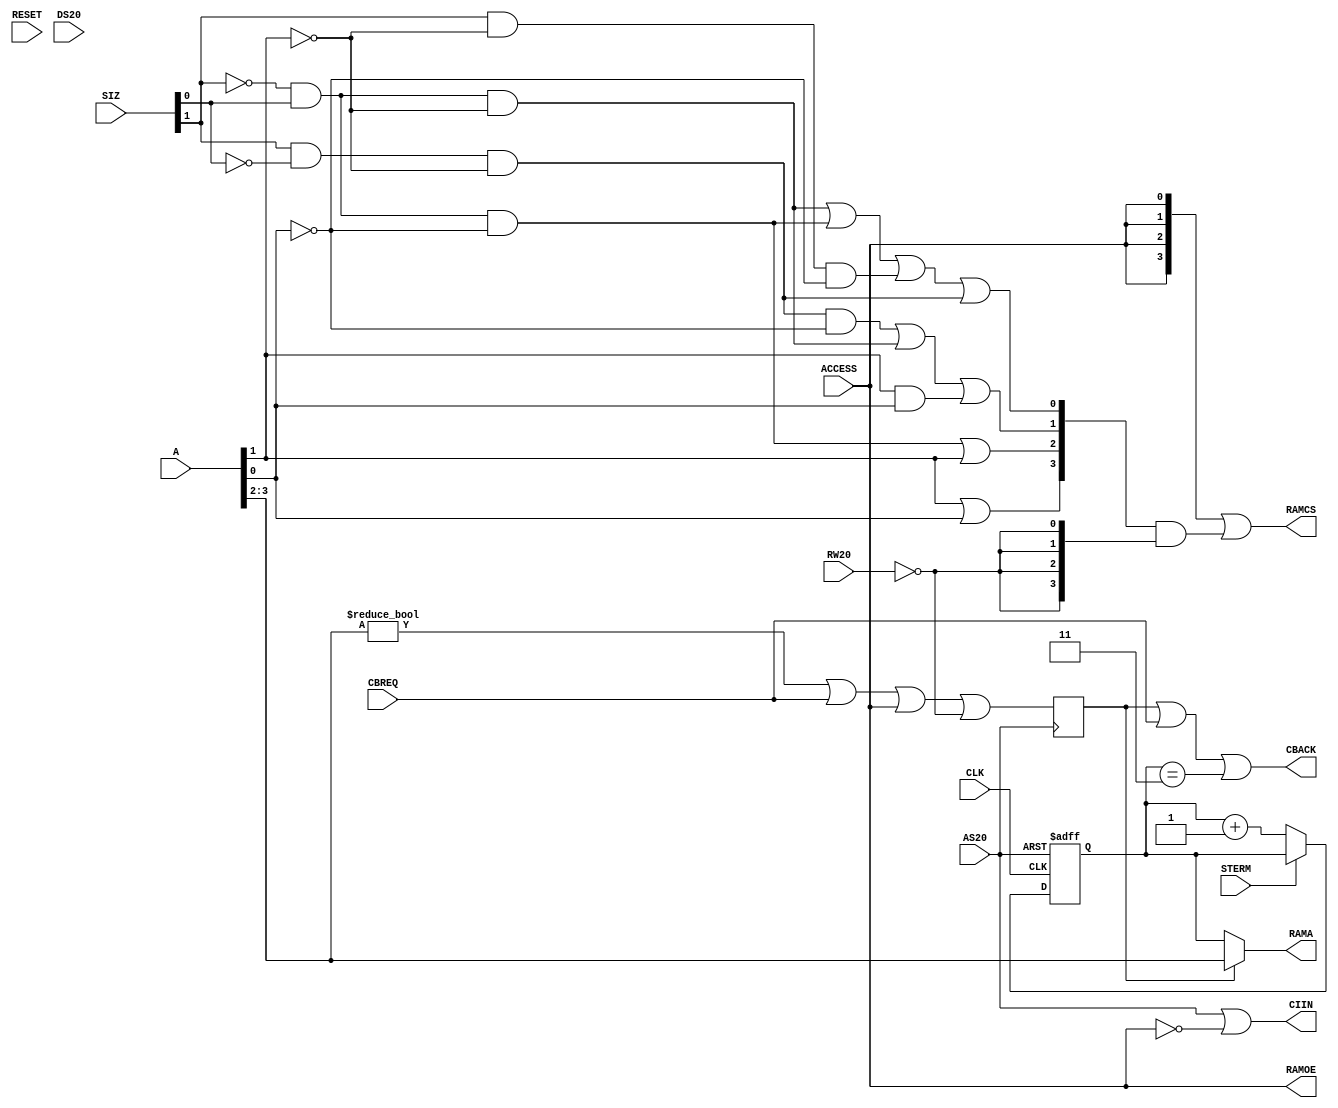
`timescale 1ns / 1ps
/*	
	Copyright (C) 2016-2019, Stephen J. Leary
	All rights reserved.
	
	This file is part of  TF53x (Terrible Fire Accelerator).

	This program is free software; you can redistribute it and/or
	modify it under the terms of the GNU General Public License
	as published by the Free Software Foundation; version 2 only.
	
	This program is distributed in the hope that it will be useful,
	but WITHOUT ANY WARRANTY; without even the implied warranty of
	MERCHANTABILITY or FITNESS FOR A PARTICULAR PURPOSE.  See the
	GNU General Public License for more details.

	You should have received a copy of the GNU General Public License
	along with this program; if not, write to the Free Software
	Foundation, Inc., 51 Franklin Street, Fifth Floor, Boston, MA  02110-1301, USA.
*/



module fastram(

           input        RESET,
           input        CLK, 
           input        ACCESS,

           input [3:0]  A,
           input [1:0]  SIZ,

           input        AS20,
           input        RW20,
           input        DS20,

           // cache and burst control
           output       CBACK,
           output       CIIN,
           input        CBREQ,
           input        STERM,

           // ram chip control
           output [3:0] RAMCS,
           output       RAMOE,
           output [3:2] RAMA

       );

// ram control lines
wire RAMCS3n = A[1] | A[0];
wire RAMCS2n = (~SIZ[1] & SIZ[0] & ~A[0]) | A[1];
wire RAMCS1n = (SIZ[1] & ~SIZ[0] & ~A[1] & ~A[0]) | (~SIZ[1] & SIZ[0] & ~A[1]) |(A[1] & A[0]);
wire RAMCS0n = (~SIZ[1] & SIZ[0] & ~A[1] ) | (~SIZ[1] & SIZ[0] & ~A[0] ) | (SIZ[1] & ~A[1] & ~A[0] ) | (SIZ[1] & ~SIZ[0] & ~A[1] );

// disable all the RAM.
assign RAMOE = ACCESS;
assign RAMCS = {4{ACCESS}} | ({ RAMCS3n, RAMCS2n, RAMCS1n , RAMCS0n} & {4{~RW20}});

assign CIIN = AS20 | ~ACCESS;

reg BURSTING = 1'b0;
reg [1:0] BCOUNT = 2'b11;

// a read cycle at a tag aligned addres. 
wire CAN_BURST = ({A[3:2]} != 2'b00) | CBREQ | ACCESS | ~RW20;

assign RAMA[3:2] = BURSTING ? {A[3:2]} : BCOUNT;
assign CBACK = BURSTING | CBREQ | (BCOUNT == 2'b11);

always @(negedge AS20) begin

    if (AS20 == 1'b1) begin

        BURSTING <= 1'b1;
    
    end else begin 

        BURSTING <= CAN_BURST;

    end

end

always @(posedge CLK, posedge AS20) begin 

    if (AS20 == 1'b1) begin
   
        BCOUNT = 2'b00;
    
    end else begin 

        if (STERM == 1'b0) begin 

            BCOUNT = BCOUNT + 'd1;
        
        end 

    end

end

endmodule